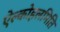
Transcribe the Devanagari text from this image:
ऐल्कोहलमिति